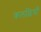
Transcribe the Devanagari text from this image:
कलछियाँ